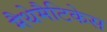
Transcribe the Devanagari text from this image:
मैथेमैटिकेस